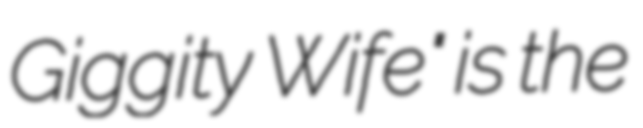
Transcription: Giggity Wife" is the